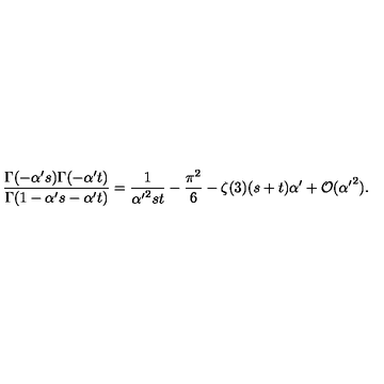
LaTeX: \frac { \Gamma ( - \alpha ^ { \prime } s ) \Gamma ( - \alpha ^ { \prime } t ) } { \Gamma ( 1 - \alpha ^ { \prime } s - \alpha ^ { \prime } t ) } = \frac { 1 } { { \alpha ^ { \prime } } ^ { 2 } s t } - \frac { \pi ^ { 2 } } { 6 } - \zeta ( 3 ) ( s + t ) \alpha ^ { \prime } + { \cal O } ( { \alpha ^ { \prime } } ^ { 2 } ) .